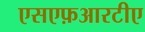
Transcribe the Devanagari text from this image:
एसएफ़आरटीए